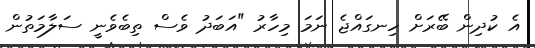
އެ ކުދިން ބޭރަށް ހިނގައްޖެ ނަމަ މިހާރު "އަބަދު ވެސް ތިބެވެނީ ސަލާމަތުން